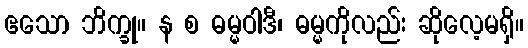
ဧသော ဘိက္ခု။ န စ ဓမ္မဝါဒီ၊ ဓမ္မကိုလည်း ဆိုလေ့မရှိ။